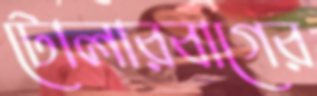
টোলারবাগের